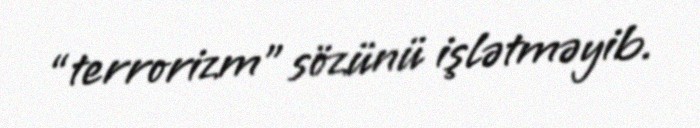
“terrorizm” sözünü işlətməyib.